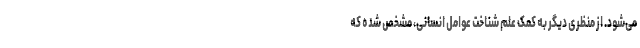
می‌شود. از منظری دیگر به کمک علم شناخت عوامل انسانی، مشخص شده که